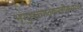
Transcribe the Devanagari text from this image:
भृगुभवचातकनवीनजलधर